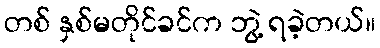
တစ် နှစ်မတိုင်ခင်က ဘွဲ့ ရခဲ့တယ်။